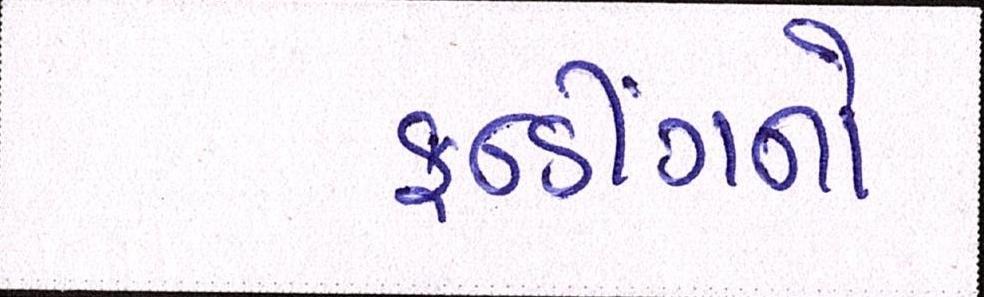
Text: ફન્ડીંગનો